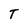
Character: T